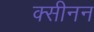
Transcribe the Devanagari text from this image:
क्सीनन